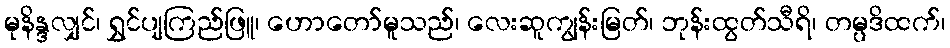
မုနိန္ဒလျှင်၊ ရွှင်ပျကြည်ဖြူ၊ ဟောတော်မူသည်၊ လေးဆူကျွန်းမြတ်၊ ဘုန်းထွတ်သီရိ၊ တမ္ပဒိထက်၊